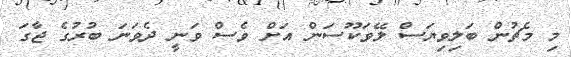
މި މެޗުން ބަލިވިޔަސް ލޭވަކޫސަން އަށް ވެސް ވަނީ ދެވަނަ ބުރުގެ ޖާގަ